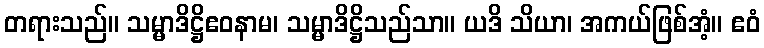
တရားသည်။ သမ္မာဒိဋ္ဌိဧဝနာမ၊ သမ္မာဒိဋ္ဌိသည်သာ။ ယဒိ သိယာ၊ အကယ်ဖြစ်အံ့။ ဧဝံ